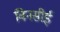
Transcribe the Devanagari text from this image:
विनसीई